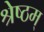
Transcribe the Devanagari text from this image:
श्रेष्ठम्